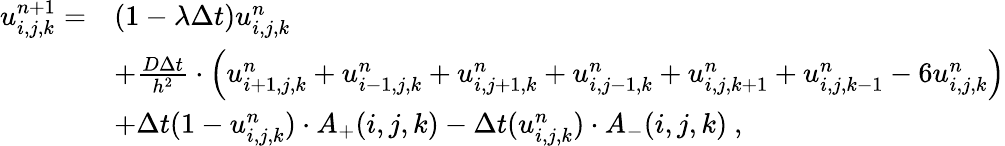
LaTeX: \begin{array}{rl}{u_{i,j,k}^{n+1}=}&{(1-\lambda\Delta t)u_{i,j,k}^{n}}\\ &{+\frac{D\Delta t}{h^{2}}\cdot\left(u_{i+1,j,k}^{n}+u_{i-1,j,k}^{n}+u_{i,j+1,k}^{n}+u_{i,j-1,k}^{n}+u_{i,j,k+1}^{n}+u_{i,j,k-1}^{n}-6u_{i,j,k}^{n}\right)}\\ &{+\Delta t(1-u_{i,j,k}^{n})\cdot A_{+}(i,j,k)-\Delta t(u_{i,j,k}^{n})\cdot A_{-}(i,j,k)\ ,}\end{array}